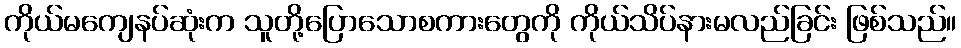
ကိုယ်မကျေနပ်ဆုံးက သူတို့ပြောသောစကားတွေကို ကိုယ်သိပ်နားမလည်ခြင်း ဖြစ်သည်။